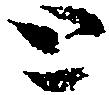
と